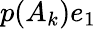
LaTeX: p(A_{k})e_{1}